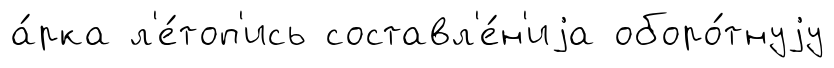
а́рка л'е́топ'ись составл'е́н'иjа оборо́тнуjу